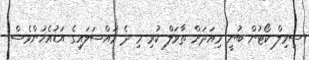
ސިވިލް ކޯޓުން ބުނީ މިއަދަށް ތާވަލް ކުރި މި ދެ މައްސަލައިގެ އަޑުއެހުންވެސް